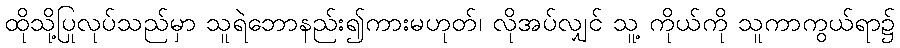
ထိုသို့ပြုလုပ်သည်မှာ သူရဲဘောနည်း၍ကားမဟုတ်၊ လိုအပ်လျှင် သူ့ ကိုယ်ကို သူကာကွယ်ရာ၌